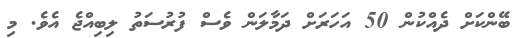
ބޭންކަށް ދެއްކުން 50 އަހަރަށް ދަމާލަން ވެސް ފުރުސަތު ލިބިއްޖެ އެވެ. މި